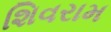
શિવરામ